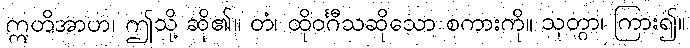
ဣတိအာဟ၊ ဤသို့ ဆို၏။ တံ၊ ထိုဝင်္ဂီသဆိုသော စကားကို။ သုတွာ၊ ကြား၍။